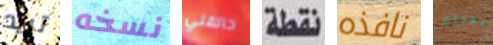
تريد نسخه حالفني نقطة نافذه عميلك